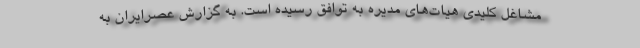
مشاغل کلیدی هیات‌های مدیره به توافق رسیده است. به گزارش عصرایران به